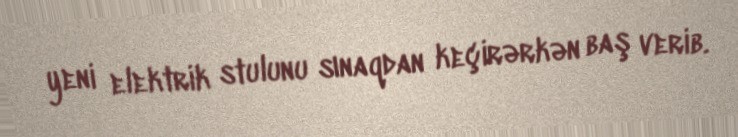
yeni elektrik stulunu sınaqdan keçirərkən baş verib.